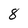
Character: 8